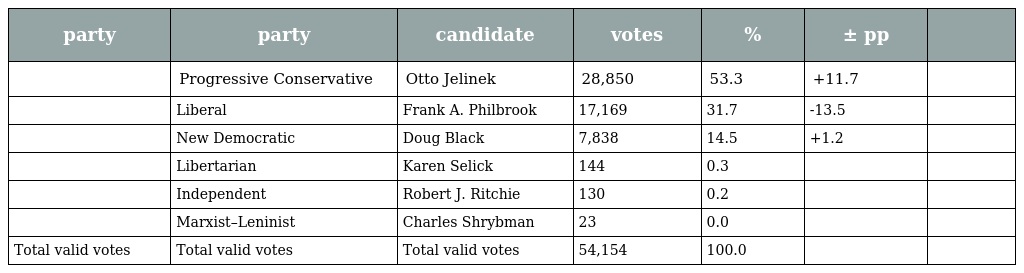
| party | party | candidate | votes | % | ± pp |  |
 | --- | --- | --- | --- | --- | --- | --- |
 |  | Progressive Conservative | Otto Jelinek | 28,850 | 53.3 | +11.7 |  |
 |  | Liberal | Frank A. Philbrook | 17,169 | 31.7 | -13.5 |  |
 |  | New Democratic | Doug Black | 7,838 | 14.5 | +1.2 |  |
 |  | Libertarian | Karen Selick | 144 | 0.3 |  |  |
 |  | Independent | Robert J. Ritchie | 130 | 0.2 |  |  |
 |  | Marxist–Leninist | Charles Shrybman | 23 | 0.0 |  |  |
 | Total valid votes | Total valid votes | Total valid votes | 54,154 | 100.0 |  |  |